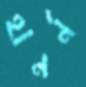
হানর্ন